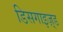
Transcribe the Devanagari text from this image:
डिसगाइज़्ड